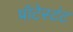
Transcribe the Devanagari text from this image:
प्रॉटेस्टंट